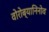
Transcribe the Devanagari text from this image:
वोरोब्यानिनोव